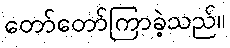
တော်တော်ကြာခဲ့သည်။